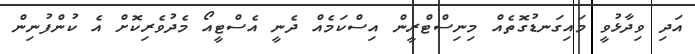
އަދި ވިދާޅުވީ މައިގަނޑުގޮތެއް މިނިސްޓްރީން އިސްކަމެއް ދެނީ އެސްޓީއޯ މެދުވެރިކޮށް އެ ކުންފުނިން